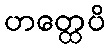
ဟတ္ထေပိ